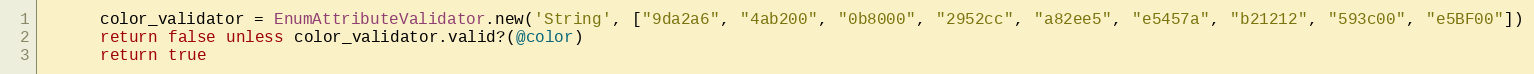
Language: Ruby
      color_validator = EnumAttributeValidator.new('String', ["9da2a6", "4ab200", "0b8000", "2952cc", "a82ee5", "e5457a", "b21212", "593c00", "e5BF00"])
      return false unless color_validator.valid?(@color)
      return true